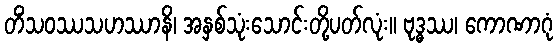
တိံသဝဿသဟဿာနိ၊ အနှစ်သုံးသောင်းတို့ပတ်လုံး။ ဗုဒ္ဓဿ၊ ကောဏာဂုံ